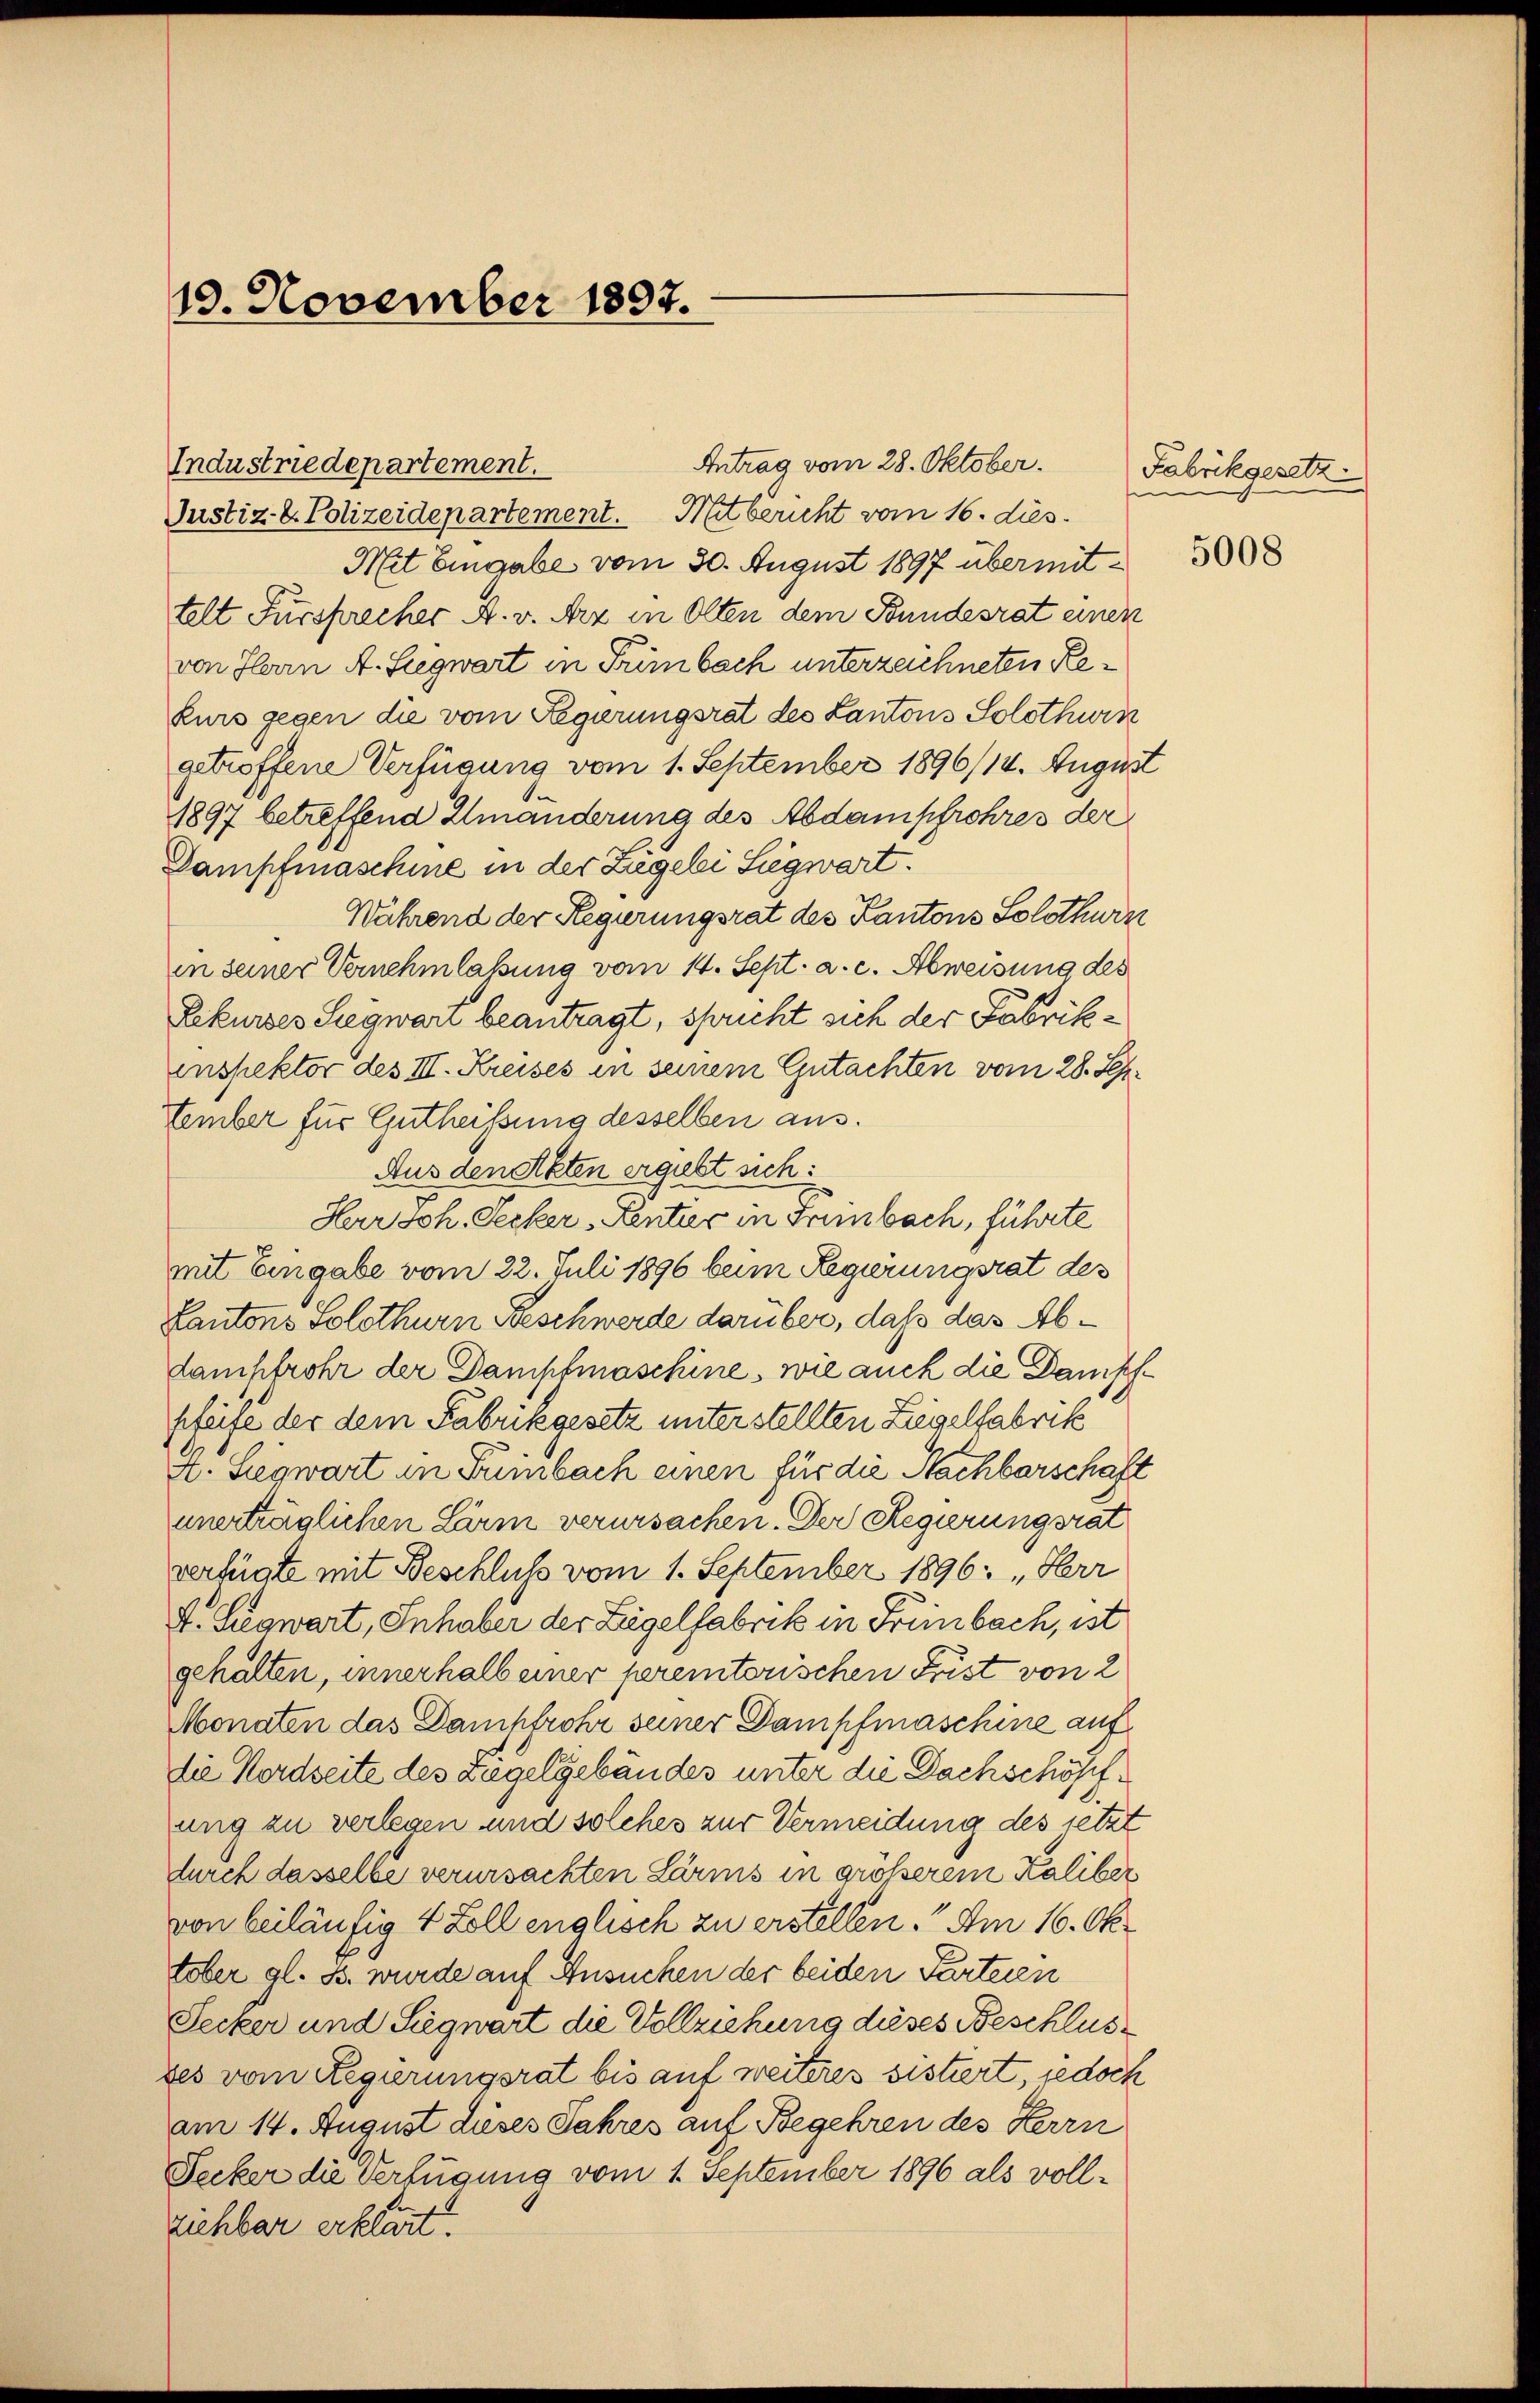
19. November 1897.

Industriedepartement.
Justiz- & Polizeidepartement. Nitbericht vom 16. dies
Mit Eingabe vom 30. August 1897 übermittelt Fürsprecher A. v. Arz in Olten dem Bundesrat einen
von Herrn A. Siegwart in Trimbach unterzeichneten Rekurs gegen die vom Regierungsrat des Kantons Solothurn
getroffene Verfügung vom 1. September 1896/14. August
1897 betreffend Umänderung des Abdampfrohres der
Dampfmaschine in der Zugelei Siegwart.
Während der Regierungsrat des Kantons Solothurn
in seiner Vernehmlassung vom 14. Sept. a. c. Abweisung des
Rekurses Siegwari beantragt, spricht sich der Fabrikinspektor des III. Kreises in seinem Gutachten vom 28. September für Gutheißung desselben aus.
Aus den Akten ergiebt sich:
Herr Joh. Secker Rentier in Freinbach, führte
mit Eingabe vom 22. Juli 1896 beim Regierungsrat des
Kantons Solothurn Beschwerde darüber, daß das Abdampfrohr der Dampfmaschine, wie auch die Dampfpfeife der dem Fabrikgesetz unterstellten Liegelfabrik
A. Siegwart in Süibach einen für die Nachbarschaft
unerträglichen Lärm verursachen. Der Regierungsrat
verfügte mit Beschluß vom 1. September 1896: „Herr
4. Siegwart, Inhaber der Liegelfabrik in Freibach, ist
gehälten, innerhalb einer peremtorischen Frist von 2
Monaten das Dampfrohr seiner Dampfmaschine auf
die Nordseite des Ziegelgebäudes unter die Dachschöpfung zu verlegen und solches zur Vermeidung des jetzt
durch dasselbe verursachten Lärms in grösserem Kaliber
von beiläufig 4 Zoll englisch zu erstellen. Am 16. Oktober gl. B. wurde auf Ansuchen der beiden Parteien
Secker und Siegwart die Vollziehung dieses Beschlustes vom Regierungsrat bis auf weiteres sistiert jedoch
am 14. August dieses Jahres auf Begehren des Herrn
Decker die Verfügung vom 1. September 1896 als vollziehbar erklärt.

Antrag vom 28. Oktober.

Fabrikgesetz

5008